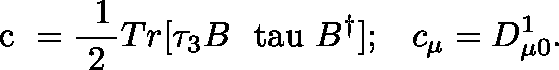
\mathrm { \boldmath ~ c ~ } = \mathrm { \frac { ~ 1 } { ~ 2 ~ } } T r [ \tau _ { 3 } B \mathrm { \boldmath ~ \ t a u ~ } B ^ { \dagger } ] ; \; \; \; c _ { \mu } = D _ { \mu 0 } ^ { 1 } .